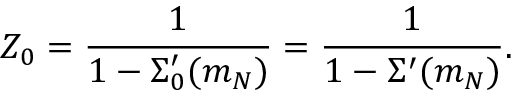
Z _ { 0 } = \frac { 1 } { 1 - \Sigma _ { 0 } ^ { \prime } ( m _ { N } ) } = \frac { 1 } { 1 - \Sigma ^ { \prime } ( m _ { N } ) } .